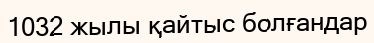
1032 жылы қайтыс болғандар